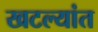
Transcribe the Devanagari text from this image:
खटल्यांत